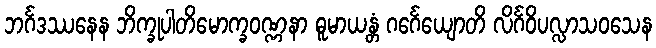
ဘင်္ဂဒဿနေန ဘိက္ခုပါတိမောက္ခဝဏ္ဏနာ ဓူမာယန္တံ ဂင်္ဂေယျောတိ လိင်္ဂဝိပလ္လာသဝသေန